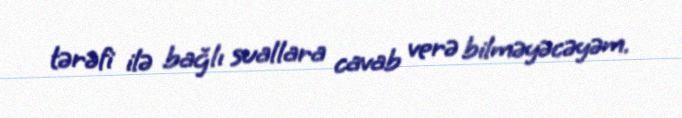
tərəfi ilə bağlı suallara cavab verə bilməyəcəyəm.